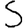
Digit: 5